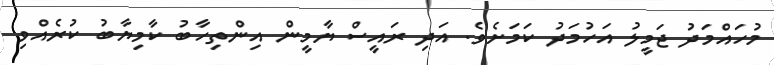
މުހައްމަދު ޖަމީލު އަހުމަދު ކަމަށެވެ. އަދި ރައީސް ޔާމީން އިންތިހާބު ކާމިޔާބު ކުރެއްވި